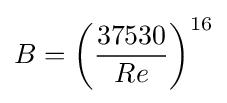
B=\left({\frac {37530}{Re}}\right)^{16}